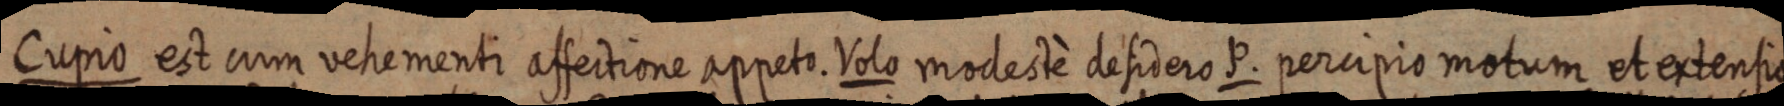
Cupio est cum vehementi affectione appeto. Volo modestè desidero P. percipio motum et extensio